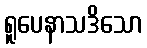
ရူပေနာသဒိသော